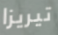
تيريزا